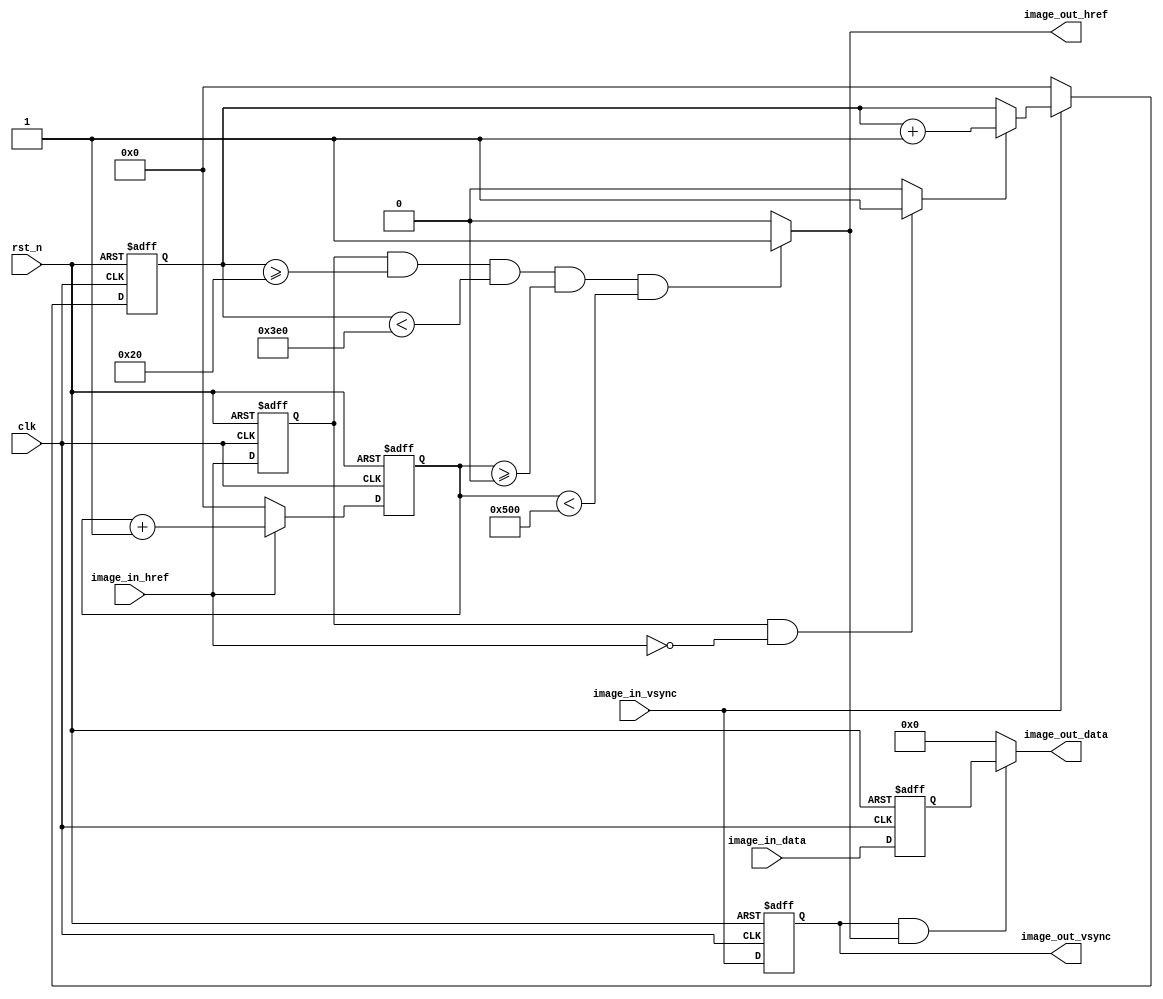
/////////////////////////////////////////////////////////////////////////
// Module Name: Sensor_Image_Zoom
// Project Name: SGMatch
// Target Devices: 
// Tool Versions: 
// Description:
// Revision: 1.01
// Additional Comments:
//////////////////////////////////////////////////////////////////////////
`timescale 1ns / 1ns
module Sensor_Image_Zoom
#(
	parameter	IMAGE_HSIZE_SOURCE	=	1280,
	parameter	IMAGE_VSIZE_SOURCE	=	1024,
	parameter	IMAGE_HSIZE_TARGET 	= 	1280,
	parameter	IMAGE_YSIZE_TARGET	= 	960
)
(
	//globel clock
	input				clk,				//image pixel clock
	input				rst_n,				//system reset
	
	//CMOS Sensor interface
	input				image_in_vsync,		//H : Data Valid; L : Frame Sync(Set it by register)
	input				image_in_href,		//H : Data vaild, L : Line Sync
	input		[7:0]	image_in_data,		//8 bits cmos data input
	output				image_out_vsync,	//H : Data Valid; L : Frame Sync(Set it by register)
	output				image_out_href,		//H : Data vaild, L : Line Sync
	output		[7:0]	image_out_data		//8 bits cmos data input	
);


//-----------------------------------
//Generate href negedge signal
reg			image_in_href_r;
reg			image_in_vsync_r;
reg	[7:0]	image_in_data_r;
always@(posedge clk or negedge rst_n)
begin
	if(!rst_n)
		begin
		image_in_vsync_r <= 0;
		image_in_href_r <= 0;
		image_in_data_r <= 0;
		end
	else
		begin
		image_in_vsync_r <= image_in_vsync;
		image_in_href_r <= image_in_href;
		image_in_data_r <= image_in_data;
		end
end
wire	image_in_href_negedge = (image_in_href_r & ~image_in_href) ? 1'b1 : 1'b0;

	
//-----------------------------------
//Image Ysize Crop
reg	[11:0] image_ypos;
always@(posedge clk or negedge rst_n)
begin
	if(!rst_n)
		image_ypos <= 0;
	else if(image_in_vsync == 1'b1)
		begin
		if(image_in_href_negedge == 1'b1)
			image_ypos <= image_ypos + 1'b1;
		else
			image_ypos <= image_ypos;
		end
	else
		image_ypos <= 0;
end
assign	image_out_vsync = image_in_vsync_r;

						   
						   
//-----------------------------------
//Image Hsize Crop
reg	[11:0] image_xpos;
always@(posedge clk or negedge rst_n)
begin
	if(!rst_n)
		image_xpos <= 0;
	else if(image_in_href == 1'b1)
		image_xpos <= image_xpos + 1'b1;
	else
		image_xpos <= 0;
end
assign	image_out_href = ((image_in_href_r == 1'b1) && 
						  (image_ypos >= (IMAGE_VSIZE_SOURCE - IMAGE_YSIZE_TARGET)/2) && 
						  (image_ypos <  (IMAGE_VSIZE_SOURCE - IMAGE_YSIZE_TARGET)/2 + IMAGE_YSIZE_TARGET) &&
						  (image_xpos >= (IMAGE_HSIZE_SOURCE - IMAGE_HSIZE_TARGET)/2) && 
						  (image_xpos <  (IMAGE_HSIZE_SOURCE - IMAGE_HSIZE_TARGET)/2 + IMAGE_HSIZE_TARGET))? 1'b1 : 1'b0;



assign	image_out_data = (image_out_vsync & image_out_href) ? image_in_data_r : 8'd0;				   


endmodule